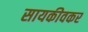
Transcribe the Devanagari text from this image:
सायकीवकर